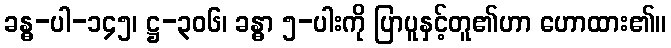
ခန္ဓ-ပါ-၁၄၅၊ ဋ္ဌ-၃၀၆၊ ခန္ဓာ ၅-ပါးကို ပြာပူနှင့်တူ၏ဟာ ဟောထား၏။